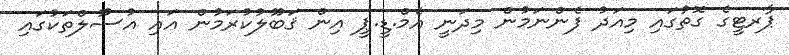
ޕާރޓީގެ ގޮތުގައި މިއަދު ފެންނަމުން މިދަނީ އެމް.ޑީ.ޕީ އިން ޤަބޫލުކުރަމުން އައި އުސޫލްތަކުގައި